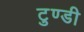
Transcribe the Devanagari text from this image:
टुण्डी